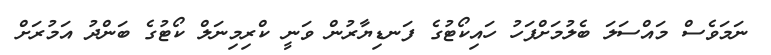
ނަމަވެސް މައްސަލަ ބެލުމަށްފަހު ހައިކޯޓުގެ ފަނޑިޔާރުން ވަނީ ކްރިމިނަލް ކޯޓުގެ ބަންދު އަމުރަށް